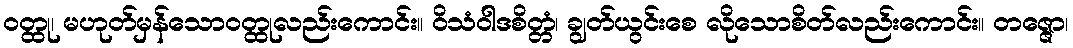
ဝတ္ထု၊ မဟုတ်မှန်သောဝတ္ထုလည်းကောင်း။ ဝိသံဝါဒစိတ္တံ၊ ချွတ်ယွင်းစေ လိုသောစိတ်လည်းကောင်း။ တဇ္ဇော၊